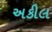
અકીલ